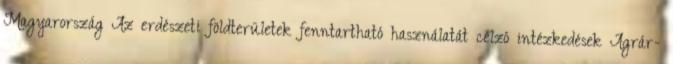
Magyarország Az erdészeti földterületek fenntartható használatát célzó intézkedések Agrár-